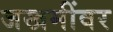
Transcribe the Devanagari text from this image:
जखमींवर